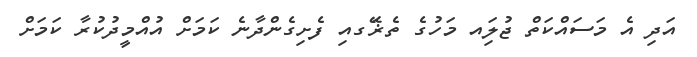
އަދި އެ މަސައްކަތް ޖުލަިއ މަހުގެ ތެޜޭަގއި ފެށިގެންދާނެ ކަމަށް އުއްމީދުކުރާ ކަމަށް